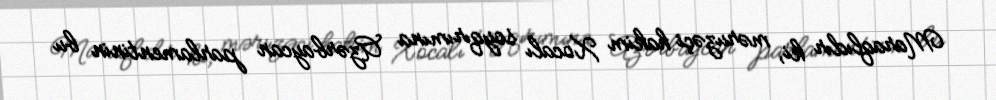
Maraqlıdır ki, məruzəçi hakim Xocalı soyqırımına Azərbaycan parlamentinin bu